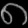
Digit: ၈